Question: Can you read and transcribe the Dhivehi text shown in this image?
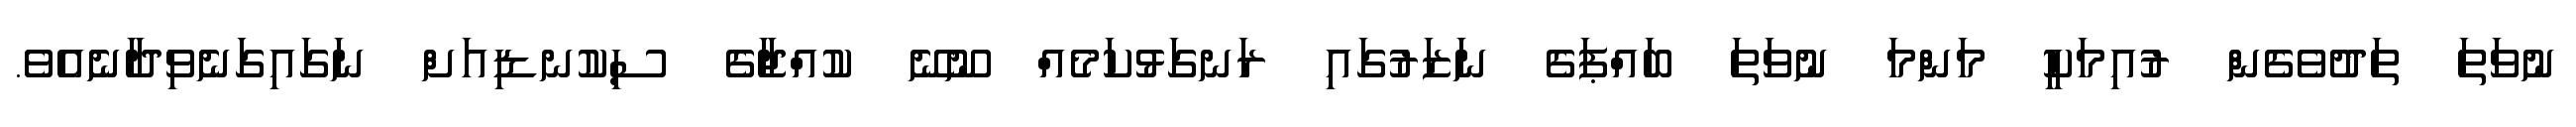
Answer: ނުވަތަ ތަދުވެގެން ރުއިމަކީ މަންމަ ނުވަތަ ބައްޕަގެ ނަޒަރުގައި ރަނގަޅުކަމެއް ނޫނޭ ކުއްޖާގެ ސިކުނޑިއަށް ނަގައިގަނެވިދާނެއެވެ.